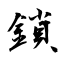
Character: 鎖